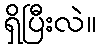
ရှိပြီးလဲ။